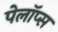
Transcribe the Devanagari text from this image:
पेलॉप्स